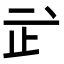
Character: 㱐